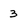
Character: 3